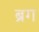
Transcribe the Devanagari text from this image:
ब्रग